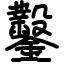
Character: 鑿